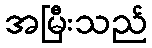
အမြီးသည်